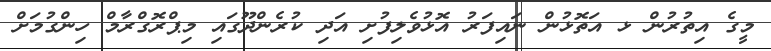
މީގެ އިތުރުން ޅ އަތޮޅުން ނައިފަރު އޮޅުވެލިފުށި އަދި ކުރެންދޫގައި މިޕްރޮގްރާމް ހިންގުމަށް